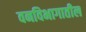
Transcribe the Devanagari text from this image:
वनविभागातील